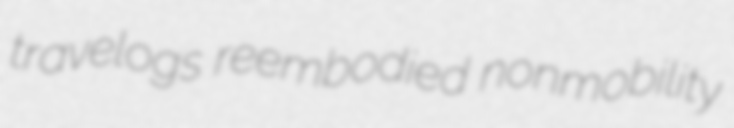
travelogs reembodied nonmobility